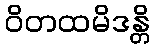
ဝိတထမိဒန္တိ